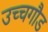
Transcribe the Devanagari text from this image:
उच्चगौड